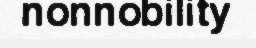
nonnobility